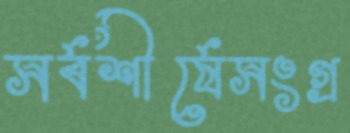
সর্বশীর্ষেসংগ্র